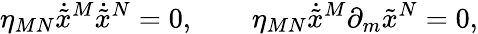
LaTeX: \eta_{MN}\dot{\tilde{x}}^{M}\dot{\tilde{x}}^{N}=0,~~~~~~~~\eta_{MN}\dot{\tilde{x}}^{M}\partial_{m}{\tilde{x}}^{N}=0,